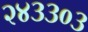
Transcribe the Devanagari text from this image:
२४३३०३